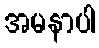
အမနာပါ